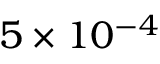
5 \times 1 0 ^ { - 4 }